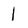
Character: l